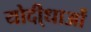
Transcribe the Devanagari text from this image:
योदी्धाओं